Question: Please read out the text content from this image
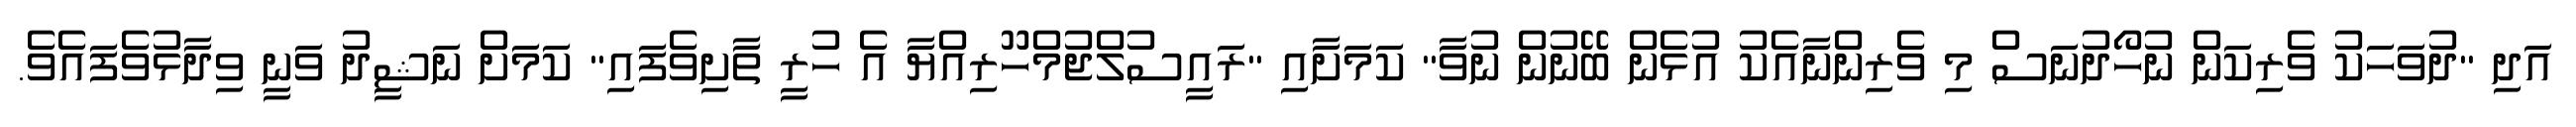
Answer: އަދި "ދުވަހަކު ވެރިކަން ނުހޯދުނަސް މި ވެރިންނާއެކު އުޅެން ބޭނުން ނުވާ" ކަމަށާއި "ރައީސުލްޖުމްހޫރިއްޔާ އެ ހުރީ ތާށިވެފައި" ކަމަށް ނަޝީދު ވަނީ ވިދާޅުވެފައެވެ.